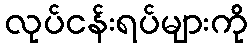
လုပ်ငန်းရပ်များကို